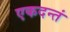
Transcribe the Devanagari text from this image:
एकदन्तं